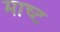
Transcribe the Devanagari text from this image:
माच्ट